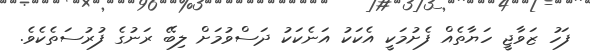
ފަހު ޒަވާޖީ ހަޔާތެއް ފެށުމަކީ އެކަކު އަނެކަކު ދަސްވުމަށް ލިބޭ ރަނުގެ ފުރުސަތެކެވެ.